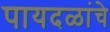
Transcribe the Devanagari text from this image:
पायदळांचे